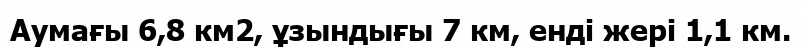
Аумағы 6,8 км2, ұзындығы 7 км, енді жері 1,1 км.